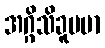
အဂ္ဂိသိခူပမာ